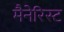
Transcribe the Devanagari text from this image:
मैनेरिस्ट